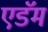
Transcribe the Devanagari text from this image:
एडॅम